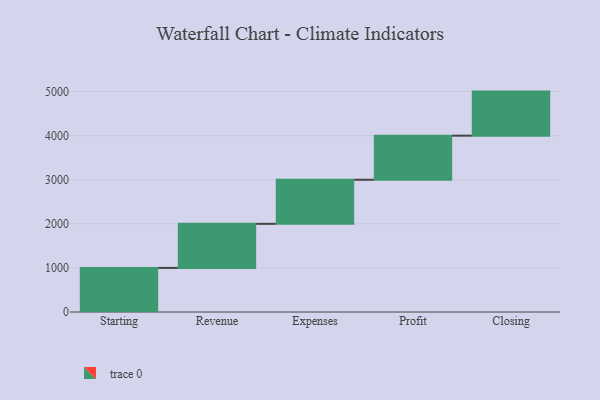
{"axis": {"x": "Step", "y": "Value"}, "legend": [""], "data": [{"x": "Starting", "y": 1000, "type": ""}, {"x": "Revenue", "y": 1000, "type": ""}, {"x": "Expenses", "y": 1000, "type": ""}, {"x": "Profit", "y": 1000, "type": ""}, {"x": "Closing", "y": 1000, "type": ""}]}